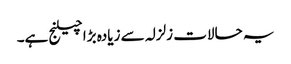
یہ حالات زلزلہ سے زیادہ بڑا چیلنج ہے۔